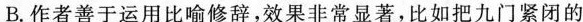
B.作者善于运用比喻修辞，效果非常显著，比如把九门紧闭的